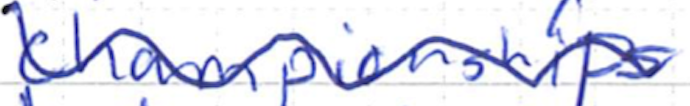
Text: championships
Cross-out: mix
Writing tool: ballpoint